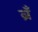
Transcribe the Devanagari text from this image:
ब्रँ